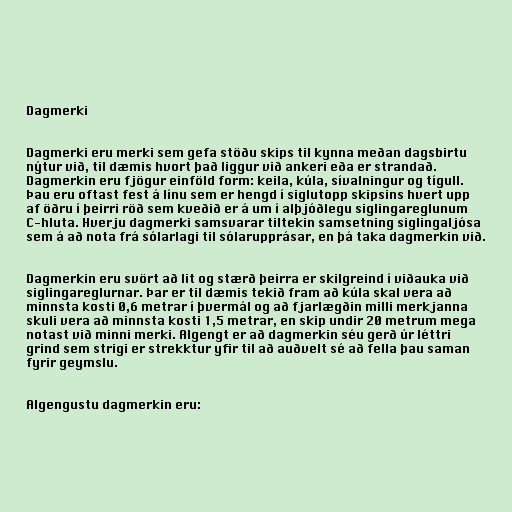
Dagmerki

Dagmerki eru merki sem gefa stöðu skips til kynna meðan dagsbirtu
nýtur við, til dæmis hvort það liggur við ankeri eða er strandað.
Dagmerkin eru fjögur einföld form: keila, kúla, sívalningur og tígull.
Þau eru oftast fest á línu sem er hengd í siglutopp skipsins hvert upp
af öðru í þeirri röð sem kveðið er á um í alþjóðlegu siglingareglunum
C-hluta. Hverju dagmerki samsvarar tiltekin samsetning siglingaljósa
sem á að nota frá sólarlagi til sólarupprásar, en þá taka dagmerkin við.

Dagmerkin eru svört að lit og stærð þeirra er skilgreind í viðauka við
siglingareglurnar. Þar er til dæmis tekið fram að kúla skal vera að
minnsta kosti 0,6 metrar í þvermál og að fjarlægðin milli merkjanna
skuli vera að minnsta kosti 1,5 metrar, en skip undir 20 metrum mega
notast við minni merki. Algengt er að dagmerkin séu gerð úr léttri
grind sem strigi er strekktur yfir til að auðvelt sé að fella þau saman
fyrir geymslu.

Algengustu dagmerkin eru: